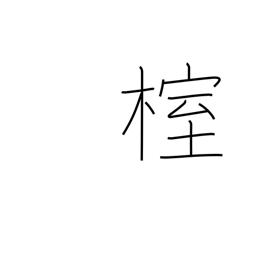
Meaning: needle juniper